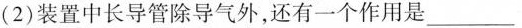
(2)装置中长导管除导气外，还有一个作用是___。